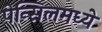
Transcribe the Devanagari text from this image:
पेन्सिलमध्ये